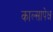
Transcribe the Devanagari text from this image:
काल्सापेक्ष